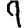
Digit: 9